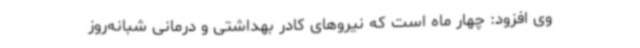
وی افزود: چهار ماه است که نیروهای کادر بهداشتی و درمانی شبانه‌روز